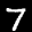
Label: 7